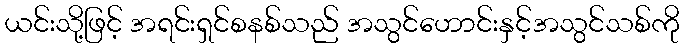
ယင်းသို့ဖြင့် အရင်းရှင်စနစ်သည် အသွင်ဟောင်းနှင့်အသွင်သစ်ကို